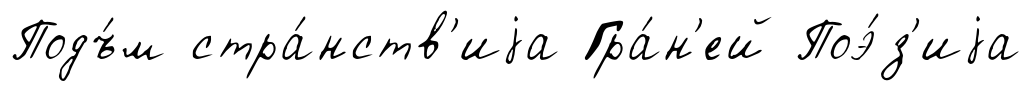
Подъ́м стра́нств'иjа Гра́н'ей Поэ́з'иjа